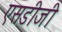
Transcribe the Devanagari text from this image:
एसडीजी